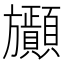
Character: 𣄫